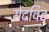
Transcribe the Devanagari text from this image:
सेंटविड